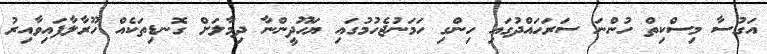
އަގުސާ މިސްކިތް ހުންނަ ސަރަހައްދުގައި ހިންގި ހަމަނުޖެހުމުގައި ޔަހޫދީންނާ ދިމާލަށް ގޮނޑިތަކެއް ހޫރާލާފައިވާއިރު